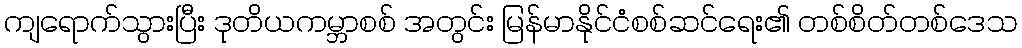
ကျရောက်သွားပြီး ဒုတိယကမ္ဘာစစ် အတွင်း မြန်မာနိုင်ငံစစ်ဆင်ရေး၏ တစ်စိတ်တစ်ဒေသ